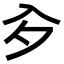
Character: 㒱